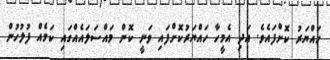
ހައްޔަރު ކޮށްފައެވެ. އަދި އެމީހާ ހައްޔަރުކޮށްފައި ވަނީ ކޮން މައްސަލައެއްގައި ކަމެއް ފުލުހުން